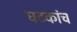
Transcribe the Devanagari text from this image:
घटकांच